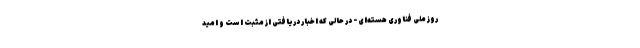
روز ملی فناوری هسته‌ای - در حالی که اخبار دریافتی از مثبت است و امید